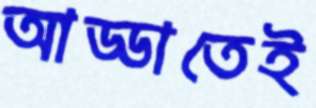
আড্ডাতেই